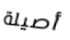
أصيلة